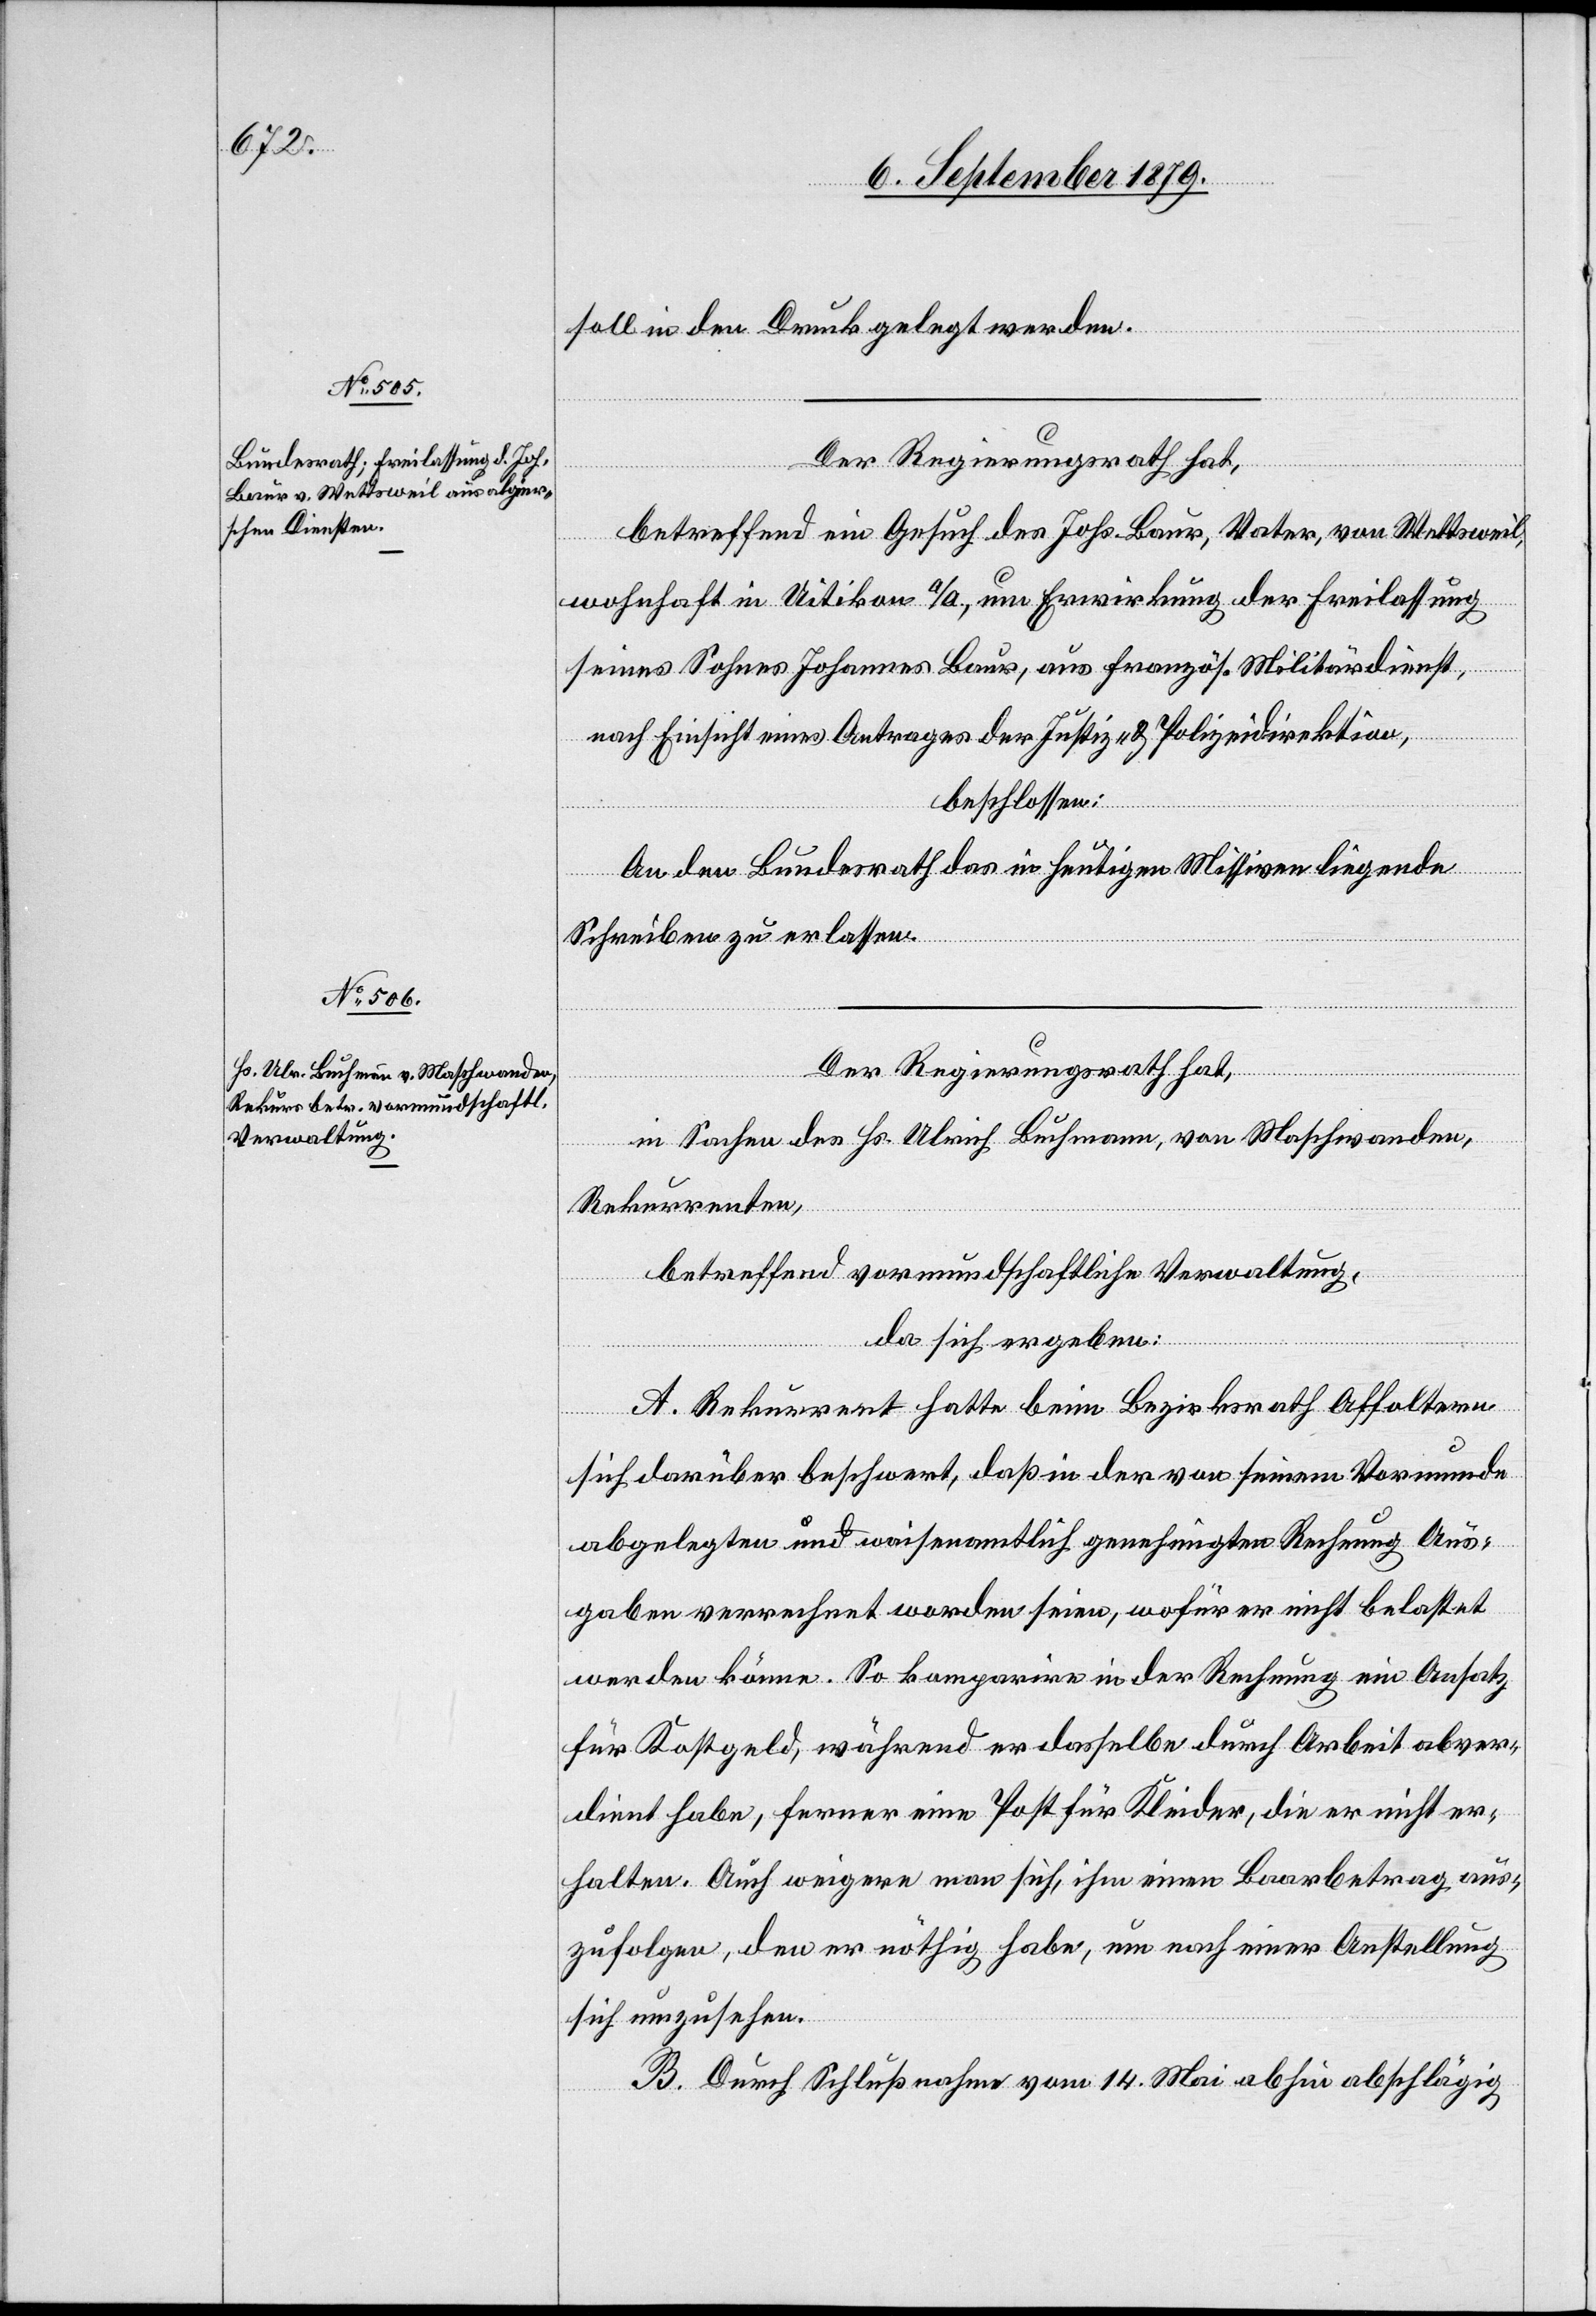
soll in den Druck gelegt werden.
Der Regierungsrath hat,
betreffend ein Gesuch des Johs. Baur, Vater, von Wettsweil,
wohnhaft in Uitikon a/A., um Erwirkung der Freilassung
seines Sohnes Johannes Baur, aus französ. Militärdienst,
nach Einsicht eines Antrages der Justiz- & Polizeidirektion,
beschlossen:
An den Bundesrath das in heutigen Missiven liegende
Schreiben zu erlassen.
Der Regierungsrath hat,
in Sachen des Hs. Ulrich Buchmann, von Maschwanden,
Rekurrenten,
betreffend vormundschaftliche Verwaltung,
da sich ergeben:
A. Rekurrent hatte beim Bezirksrath Affoltern
sich darüber beschwert, daß in der von seinem Vormunde
abgelegten und waisenamtlich genehmigten Rechnung Aus¬
gaben verrechnet worden seien, wofür er nicht belastet
werden könne. So komparire in der Rechnung ein Ansatz
für Kostgeld, während er dasselbe durch Arbeit abver¬
dient habe, ferner eine Post für Kleider, die er nicht er¬
halten. Auch weigere man sich, ihm einen Baarbetrag aus¬
zufolgen, den er nöthig habe, um nach einer Anstellung
sich umzusehen.
B. Durch Schlußnahme vom 14. Mai abhin abschlägig